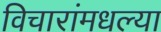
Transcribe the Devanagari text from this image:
विचारांमधल्या